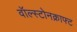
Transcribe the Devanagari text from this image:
वॉल्स्टोनक्राफ्ट